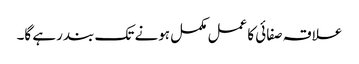
علاقہ صفائی کا عمل مکمل ہونے تک بند رہے گا۔